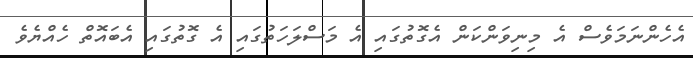
އެހެންނަމަވެސް އެ މިނިވަންކަން އެގޮތުގައި އެ މަސްލަހަތުގައި އެ ގޮތުގައި އެބައޮތް ހެއްޔެވެ